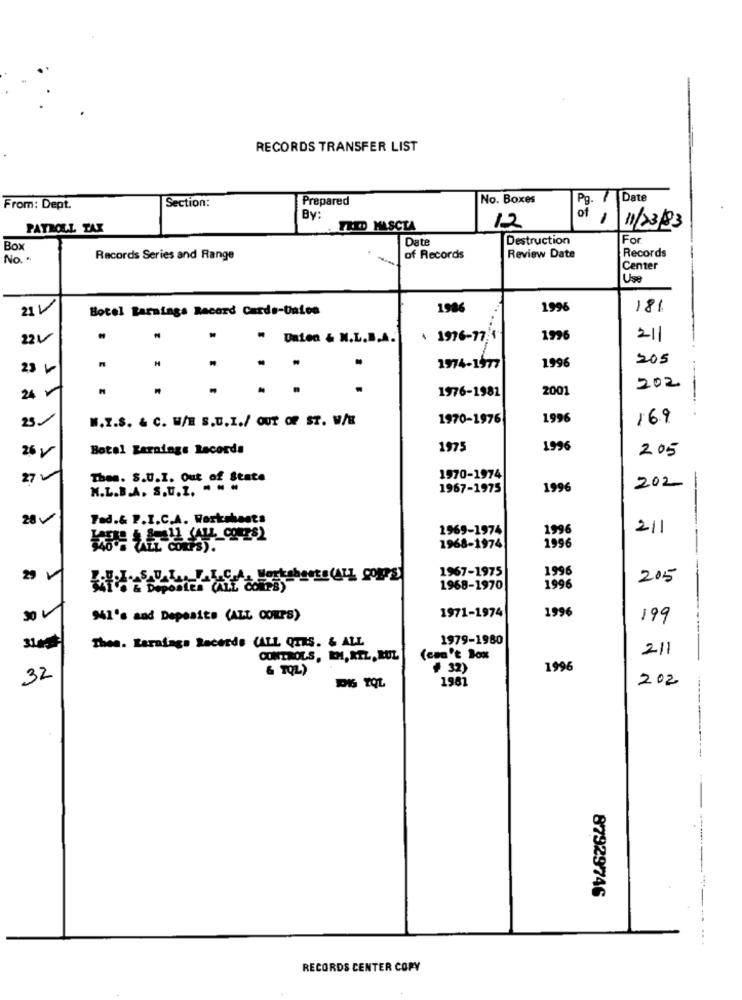
RECORDS TRANSFER LIST
Section:
Prepared
No. Boxes
7 Date
From: Dept.
By:
of
PAYROLL TAX
FRED MASCIA
12
11/23/83
Date
Destruction
For
Box
Records
No. .
Records Series and Range
of Records
Review Date
Center
Use
Hotel Earnings Record Cards-Union
1986
1996
181
" Daten & N.L.B.A.
\ 1976-77.1
1996
211
205
23 -
.
1974-1977
1996
1976-1981
2001
202
231
W.I.S. & C. W/E S.U.I./ OUT OF ST. W/H
1970-1976
1996
169
26V
Botel Earnings Records
1975
1996
205
Thes. S.U.I. Out of State
1970-1974
N.L.B.A. S.U.Z. ===
1967-1975
1996
202
-
Fad.& P.I.C.A. Worksheets
1969-1974
1996
211
1996
1968-1974
1967-1975
1996
-
205
1968-1970
1996
1971-1974
1996
941's and Deposits (ALL CORPS)
199
8
Thee. Earnings Records (ALL QTRS. & ALL
1979-1980
211
CONTROLS, EM, RTL, RUL
(can't Box
& TQL)
+ 32)
1996
32
1981
202
-----
87929746
RECORDS CENTER COPY